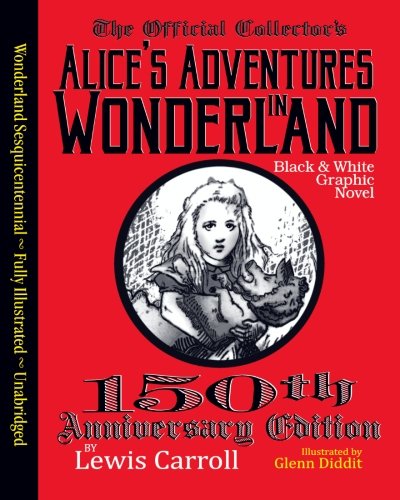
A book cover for Alice's Adventures in Wonderland: Official 150th Anniversary Edition Unabridged Graphic Novel; Lewis Carroll; Comics & Graphic Novels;